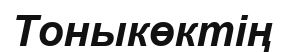
Тоныкөктің